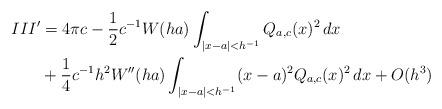
LaTeX: \begin{align*}III' &= 4\pi c - \frac12 c^{-1}W(ha) \int_{|x-a|<h^{-1}} Q_{a, c}(x)^2 \, dx \\& +\frac14 c^{-1} h^2W''(ha) \int_{|x-a|<h^{-1}} (x-a)^2 Q_{a, c}(x)^2 \, dx + O(h^3)\end{align*}